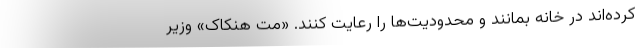
کرده‌اند در خانه بمانند و محدودیت‌ها را رعایت کنند. «مت هنکاک» وزیر